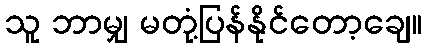
သူ ဘာမျှ မတုံ့ပြန်နိုင်တော့ချေ။